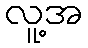
လူ့အ